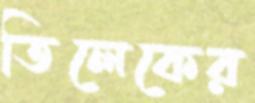
তিলেকের